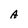
Character: A